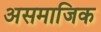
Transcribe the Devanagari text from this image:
असमाजिक